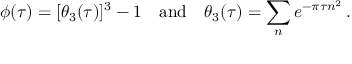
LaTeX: \phi ( \tau ) = [ \theta _ { 3 } ( \tau ) ] ^ { 3 } - 1 \quad \mathrm { a n d } \quad \theta _ { 3 } ( \tau ) = \sum _ { n } e ^ { - \pi \tau n ^ { 2 } } \, .